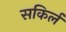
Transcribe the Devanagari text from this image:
सकिर्ल